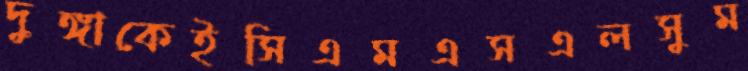
দুঙ্গাকেইসিএমএসএলসুম